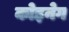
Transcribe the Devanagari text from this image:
कोइनेग